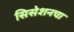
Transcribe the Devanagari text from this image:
सिसेशनचा